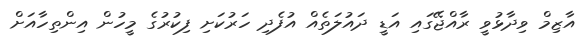
އާޒިމް ވިދާޅުވީ ރާއްޖޭގައި އަޑީ ދައުލަތެއް އުފެދި ހަރުކަށި ފިކުރުގެ މީހުން އިންތިހާއަށް